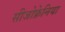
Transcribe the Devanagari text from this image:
सीजोफ्रेनिया